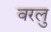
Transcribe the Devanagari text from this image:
वरलु